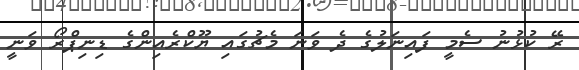
ރޭ ކުޅުނު ސެމީ ފައިނަލުގެ ދެ ވަނަ މެޗުގައި ޔޫކްރެއިންގެ ޑިނިޕްރޯ ވަނީ